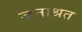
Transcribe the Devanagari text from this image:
जनाश्रत